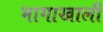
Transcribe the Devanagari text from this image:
भागाखाली